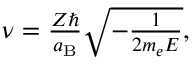
\begin{array} { r } { \nu = \frac { Z \hbar } { a _ { \mathrm { B } } } \sqrt { - \frac { 1 } { 2 m _ { e } E } } , } \end{array}